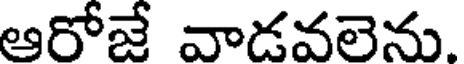
ఆరోజే వాడవలెను.